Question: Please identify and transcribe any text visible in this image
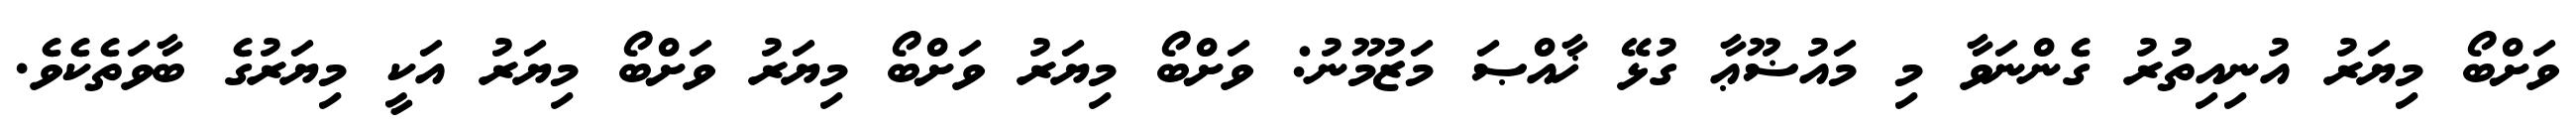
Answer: ވަށްބޯ މިޔަރު އުނިއިތުރު ގެންނަވާ މި މައުޟޫޢާ ގުޅޭ ޚާއްޞަ މަޒުމޫނު: ވަށްބޯ މިޔަރު ވަށްބޯ މިޔަރު ވަށްބޯ މިޔަރު އަކީ މިޔަރުގެ ބާވަތެކެވެ.